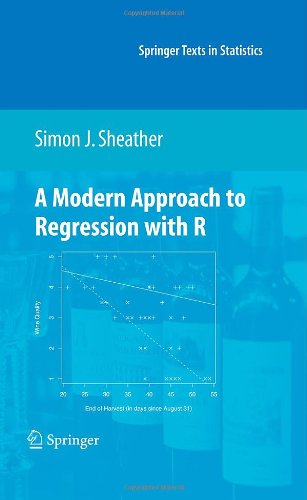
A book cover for A Modern Approach to Regression with R (Springer Texts in Statistics); Simon Sheather; Business & Money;